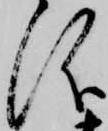
儀